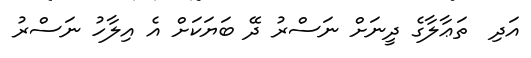
އަދި  ތަޢާލާގެ ދީނަށް ނަސްރު ދޭ ބަޔަކަށް އެ އިލާހު ނަސްރު